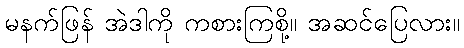
မနက်ဖြန် အဲဒါကို ကစားကြစို့။ အဆင်ပြေလား။